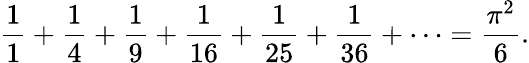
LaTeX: {\frac{1}{1}}+{\frac{1}{4}}+{\frac{1}{9}}+{\frac{1}{16}}+{\frac{1}{25}}+{\frac{1}{36}}+\cdots={\frac{\pi^{2}}{6}}.